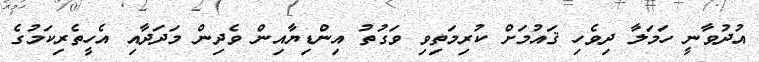
އުދުވާނީ ހަމަލާ ދިވެހި ޤައުމަށް ކުރިމަތިވި ވަގުތު އިންޑިޔާއިން ވެދިން މަދަދާއި އެހީތެރިކަމުގެ